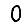
Digit: 0